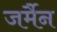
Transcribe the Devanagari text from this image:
जर्मैन